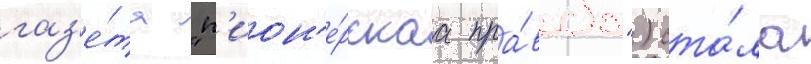
газ'е́та "п'ион'е́рскаа пра́вда") ста́ла